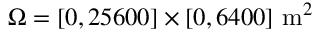
\Omega = [ 0 , 2 5 6 0 0 ] \times [ 0 , 6 4 0 0 ] ~ \mathrm { m } ^ { 2 }